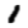
Digit: 1